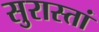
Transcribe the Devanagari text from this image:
सुरास्तां